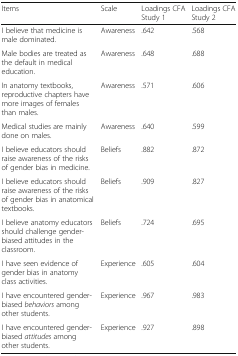
| Items | Scale | Loadings CFA Study 1 | Loadings CFA Study 2 |
 | --- | --- | --- | --- |
 | I believe that medicine is male dominated. | Awareness | .642 | .568 |
 | Male bodies are treated as the default in medical education. | Awareness | .648 | .688 |
 | In anatomy textbooks, reproductive chapters have more images of females than males. | Awareness | .571 | .606 |
 | Medical studies are mainly done on males. | Awareness | .640 | .599 |
 | I believe educators should raise awareness of the risks of gender bias in medicine. | Beliefs | .882 | .872 |
 | I believe educators should raise awareness of the risks of gender bias in anatomical textbooks. | Beliefs | .909 | .827 |
 | I believe anatomy educators should challenge gender-biased attitudes in the classroom. | Beliefs | .724 | .695 |
 | I have seen evidence of gender bias in anatomy class activities. | Experience | .605 | .604 |
 | I have encountered gender-biased behaviors among other students. | Experience | .967 | .983 |
 | I have encountered gender-biased attitudes among other students. | Experience | .927 | .898 |